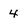
Character: 4